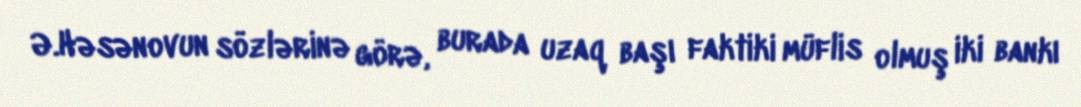
Ə.Həsənovun sözlərinə görə, burada uzaq başı faktiki müflis olmuş iki bankı